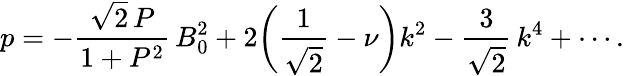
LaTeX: p=-\frac{\sqrt{2}\, P}{1+P^{2}}\, B_{0}^{2}+2\biggl(\frac{1}{\sqrt{2}}-\nu\biggr)k^{2}-\frac{3}{\sqrt{2}}\, k^{4}+\cdots.